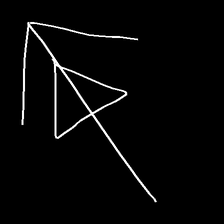
Glyph: pull